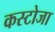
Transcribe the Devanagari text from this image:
कस्टोजा